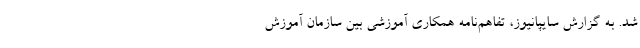
شد. به گزارش سايپانيوز، تفاهم‌نامه همکاری آموزشی بین سازمان آموزش